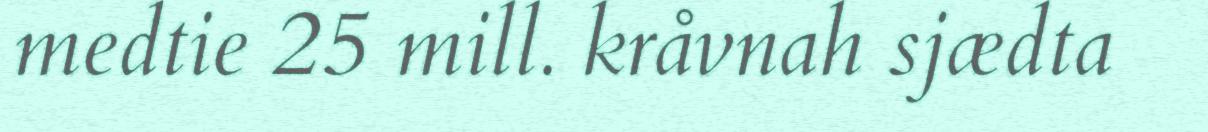
medtie 25 mill. kråvnah sjædta